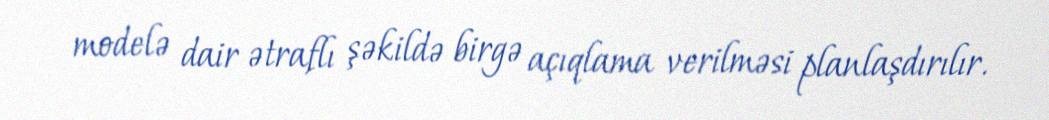
modelə dair ətraflı şəkildə birgə açıqlama verilməsi planlaşdırılır.